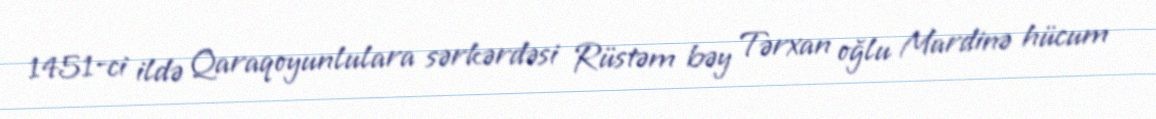
1451-ci ildə Qaraqoyunlulara sərkərdəsi Rüstəm bəy Tərxan oğlu Mardinə hücum